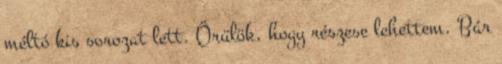
méltó kis sorozat lett. Örülök, hogy részese lehettem. Bár